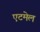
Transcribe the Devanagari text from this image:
एटमेल